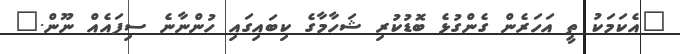
"އެކަމަކު ތީ އަހަރެން ގެންގުޅެ ބޮޑުކުރި ޝަހާމާގެ ކިބައިގައި ހުންނާނެ ސިފައެއް ނޫން."